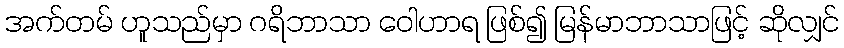
အက်တမ် ဟူသည်မှာ ဂရိဘာသာ ဝေါဟာရ ဖြစ်၍ မြန်မာဘာသာဖြင့် ဆိုလျှင်